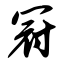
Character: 冠